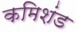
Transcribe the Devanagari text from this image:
कमिशंड